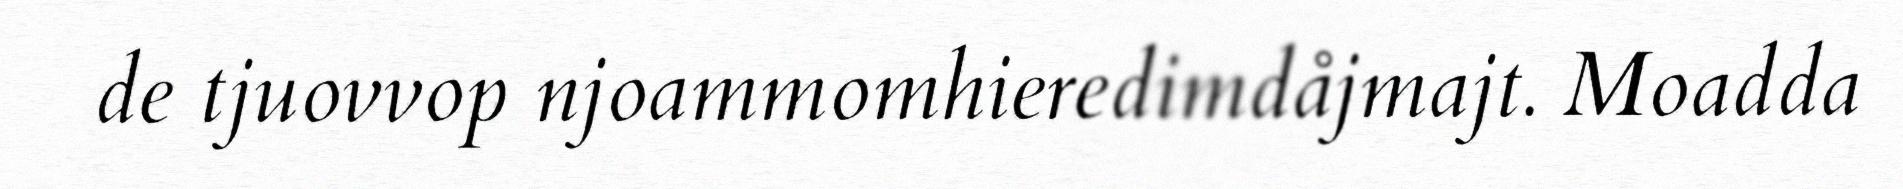
de tjuovvop njoammomhieredimdåjmajt. Moadda